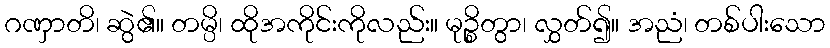
ဂဏှာတိ၊ ဆွဲ၏။ တမ္ပိ၊ ထိုအကိုင်းကိုလည်း။ မုဉ္စိတွာ၊ လွှတ်၍။ အညံ၊ တစ်ပါးသော